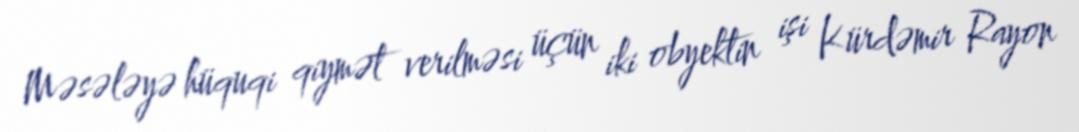
Məsələyə hüquqi qiymət verilməsi üçün iki obyektin işi Kürdəmir Rayon